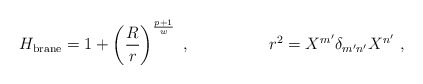
\begin{align*}H_{\rm brane} = 1+ \left ({R\over r}\right )^{p+1\over w}\ ,\hskip 2 cmr^2=X^{m'}\delta_{m'n'} X^{n'} \ ,\end{align*}